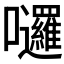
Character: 𡆗